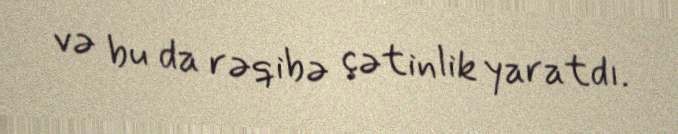
və bu da rəqibə çətinlik yaratdı.